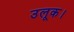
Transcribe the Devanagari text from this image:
उलूक।